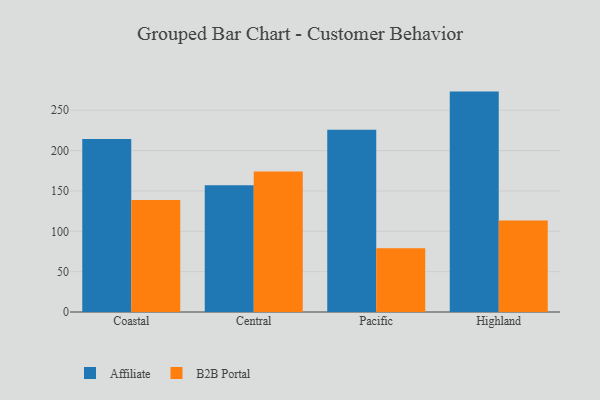
{"axis": {"x": "Region", "y": "Gross Profit (USD K)"}, "legend": ["Affiliate", "B2B Portal"], "data": [{"x": "Coastal", "y": 214.5, "type": "Affiliate"}, {"x": "Coastal", "y": 138.9, "type": "B2B Portal"}, {"x": "Central", "y": 157.0, "type": "Affiliate"}, {"x": "Central", "y": 174.2, "type": "B2B Portal"}, {"x": "Pacific", "y": 225.7, "type": "Affiliate"}, {"x": "Pacific", "y": 79.1, "type": "B2B Portal"}, {"x": "Highland", "y": 273.1, "type": "Affiliate"}, {"x": "Highland", "y": 113.5, "type": "B2B Portal"}]}